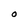
Character: O